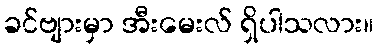
ခင်ဗျားမှာ အီးမေးလ် ရှိပါသလား။